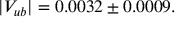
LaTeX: \vert V _ { u b } \vert = 0 . 0 0 3 2 \pm 0 . 0 0 0 9 .